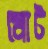
মোট